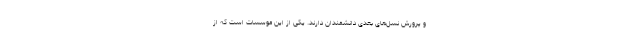
و پرورش نسل‌های بعدی دانشمندان دارند. یکی از این موسسات است که از